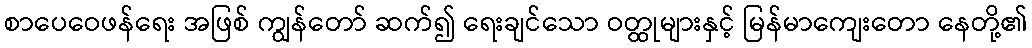
စာပေဝေဖန်ရေး အဖြစ် ကျွန်တော် ဆက်၍ ရေးချင်သော ဝတ္ထုများနှင့် မြန်မာကျေးတော နေတို့၏